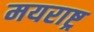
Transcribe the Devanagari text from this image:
मयराष्ट्र